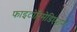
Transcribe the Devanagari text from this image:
फाइटोरिमेडिएशन